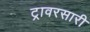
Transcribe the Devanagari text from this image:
ट्रावरसारी